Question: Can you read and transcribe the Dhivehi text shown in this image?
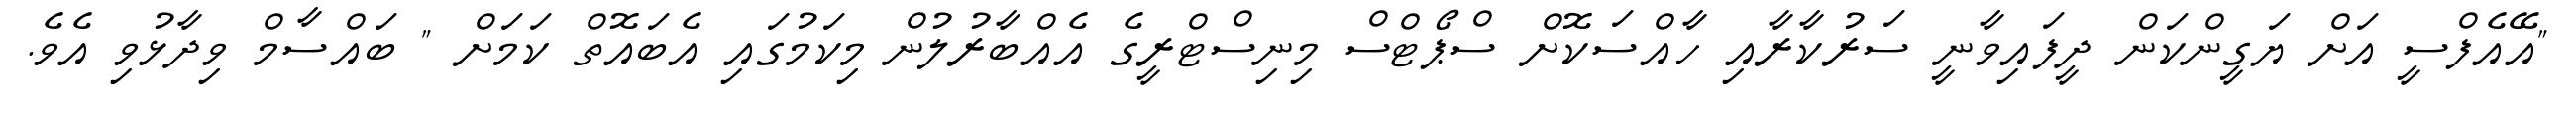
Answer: "އޭއެފްސީ އަށް ޔަގީންކަން ދީފައިވާނީ ސަރުކާރާއި ހާއްސަކޮށް ސްޕޯޓްސް މިނިސްޓްރީގެ އެއްބާރުލުން މިކަމުގައި އެބައޮތް ކަމަށް " ބައްސާމް ވިދާޅުވި އެވެ.